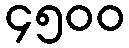
၄၅၀၀